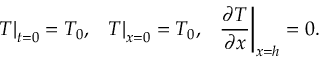
{ \left. T \right| _ { t = 0 } } = { T _ { 0 } } , ~ ~ { \left. T \right| _ { x = 0 } } = { T _ { 0 } } , ~ ~ { \left. { \frac { { \partial T } } { { \partial x } } } \right| _ { x = h } } = 0 .